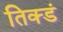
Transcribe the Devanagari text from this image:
तिक्डं